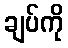
ချပ်ကို